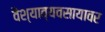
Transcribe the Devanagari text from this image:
वैश्याव्यवसायावर